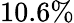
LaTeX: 10.6\%